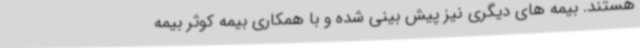
هستند. بیمه های دیگری نیز پیش بینی شده و با همکاری بیمه کوثر بیمه